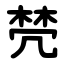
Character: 棾